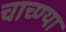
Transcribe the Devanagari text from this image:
चाच्ण्या